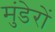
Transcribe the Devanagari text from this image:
मुंडेरों